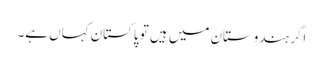
اگر ہندوستان میں ہیں تو پاکستان کہاں ہے۔